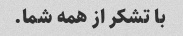
با تشکر از همه شما.